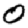
Digit: 0